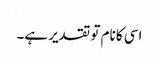
اسی کا نام تو تقدیر ہے۔